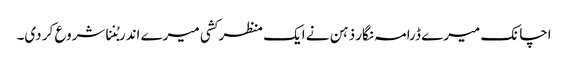
اچانک میرے ڈرامہ نگار ذہن نے ایک منظر کشی میرے اندر بُننا شروع کر دی۔